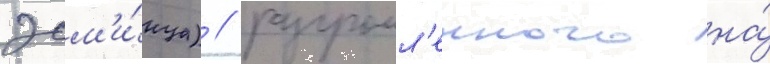
эсм'и́нца) / разгромл'енного на́